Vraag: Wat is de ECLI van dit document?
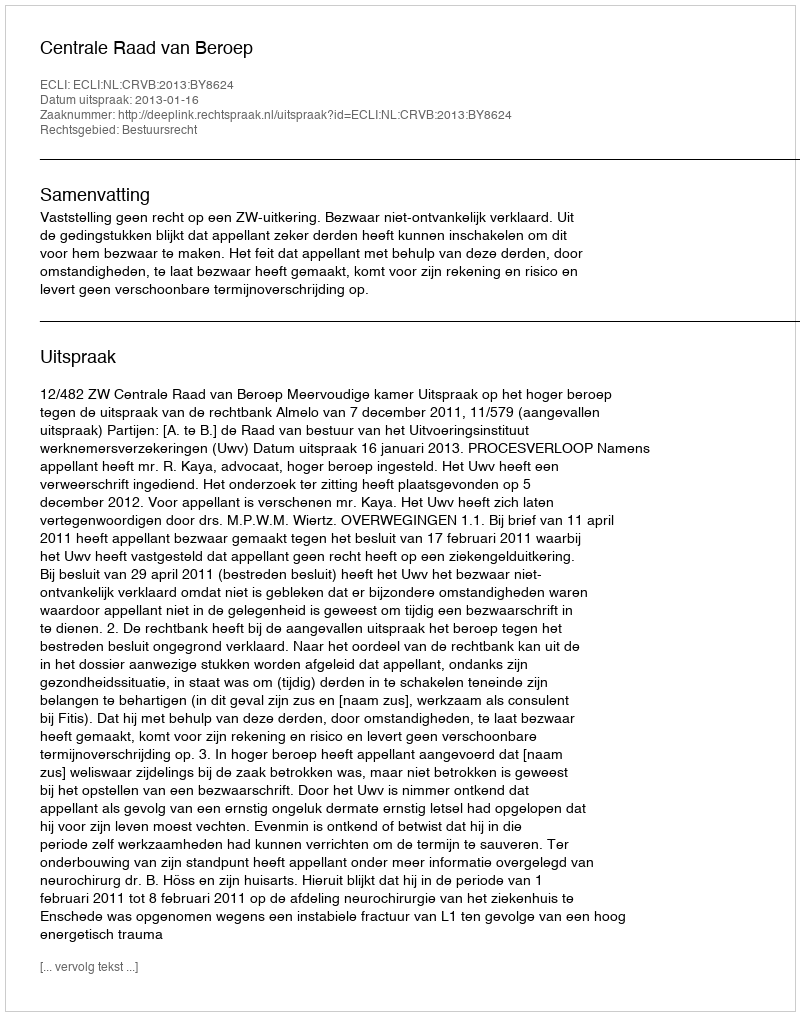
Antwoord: ECLI:NL:CRVB:2013:BY8624